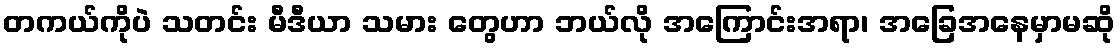
တကယ်ကိုပဲ သတင်း မီဒီယာ သမား တွေဟာ ဘယ်လို အကြောင်းအရာ၊ အခြေအနေမှာမဆို